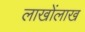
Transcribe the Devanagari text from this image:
लाखोंलाख